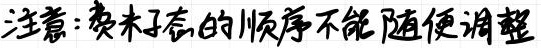
注意： 类木行星的顺序不能随便调整